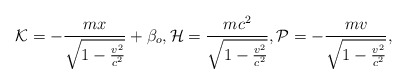
\begin{align*}{\cal K}=-\frac{mx}{\sqrt{1-\frac{v^2}{c^2}}}+\beta_o,{\cal H}=\frac{mc^2}{\sqrt{1-\frac{v^2}{c^2}}},{\cal P}=-\frac{mv}{\sqrt{1-\frac{v^2}{c^2}}},\end{align*}